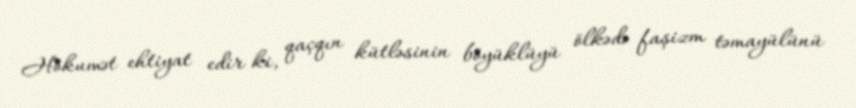
Hökumət ehtiyat edir ki, qaçqın kütləsinin böyüklüyü ölkədə faşizm təmayülünü